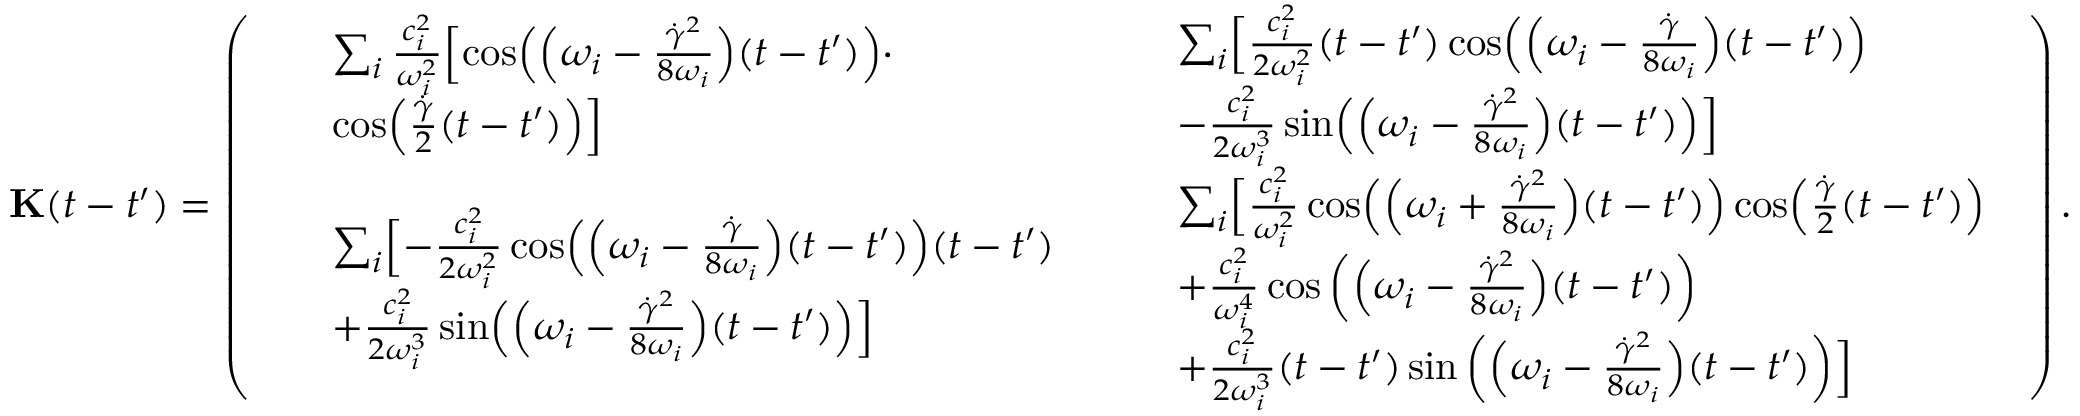
\mathbf { { K } } ( t - t ^ { \prime } ) = \left( \begin{array} { l l } { \begin{array} { r l } & { \sum _ { i } \frac { c _ { i } ^ { 2 } } { \omega _ { i } ^ { 2 } } \Bigl [ \cos \Bigl ( \Bigl ( \omega _ { i } - \frac { \dot { \gamma } ^ { 2 } } { 8 \omega _ { i } } \Bigr ) ( t - t ^ { \prime } ) \Bigr ) \cdot } \\ & { \cos \Bigl ( \frac { \dot { \gamma } } { 2 } ( t - t ^ { \prime } ) \Bigr ) \Bigr ] } \end{array} } & { \begin{array} { r l } & { \sum _ { i } \Bigl [ \frac { c _ { i } ^ { 2 } } { 2 \omega _ { i } ^ { 2 } } ( t - t ^ { \prime } ) \cos \Bigl ( \Bigl ( \omega _ { i } - \frac { \dot { \gamma } } { 8 \omega _ { i } } \Bigr ) ( t - t ^ { \prime } ) \Bigr ) } \\ & { - \frac { c _ { i } ^ { 2 } } { 2 \omega _ { i } ^ { 3 } } \sin \Bigl ( \Bigl ( \omega _ { i } - \frac { \dot { \gamma } ^ { 2 } } { 8 \omega _ { i } } \Bigr ) ( t - t ^ { \prime } ) \Bigr ) \Bigr ] } \end{array} } \\ { \begin{array} { r l } & { \sum _ { i } \Bigl [ - \frac { c _ { i } ^ { 2 } } { 2 \omega _ { i } ^ { 2 } } \cos \Bigl ( \Bigl ( \omega _ { i } - \frac { \dot { \gamma } } { 8 \omega _ { i } } \Bigr ) ( t - t ^ { \prime } ) \Bigr ) ( t - t ^ { \prime } ) } \\ & { + \frac { c _ { i } ^ { 2 } } { 2 \omega _ { i } ^ { 3 } } \sin \Bigl ( \Bigl ( \omega _ { i } - \frac { \dot { \gamma } ^ { 2 } } { 8 \omega _ { i } } \Bigr ) ( t - t ^ { \prime } ) \Bigr ) \Bigr ] } \end{array} } & { \begin{array} { r l } & { \sum _ { i } \Bigl [ \frac { c _ { i } ^ { 2 } } { \omega _ { i } ^ { 2 } } \cos \Bigl ( \Bigl ( \omega _ { i } + \frac { \dot { \gamma } ^ { 2 } } { 8 \omega _ { i } } \Bigr ) ( t - t ^ { \prime } ) \Bigr ) \cos \Bigl ( \frac { \dot { \gamma } } { 2 } ( t - t ^ { \prime } ) \Bigr ) } \\ & { + \frac { c _ { i } ^ { 2 } } { \omega _ { i } ^ { 4 } } \cos \left( \Bigl ( \omega _ { i } - \frac { \dot { \gamma } ^ { 2 } } { 8 \omega _ { i } } \Bigr ) ( t - t ^ { \prime } ) \right) } \\ & { + \frac { c _ { i } ^ { 2 } } { 2 \omega _ { i } ^ { 3 } } ( t - t ^ { \prime } ) \sin \left( \Bigl ( \omega _ { i } - \frac { \dot { \gamma } ^ { 2 } } { 8 \omega _ { i } } \Bigr ) ( t - t ^ { \prime } ) \right) \Bigr ] } \end{array} } \end{array} \right) .